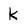
Character: k